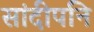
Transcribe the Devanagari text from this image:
सांदीपनि